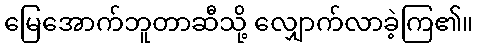
မြေအောက်ဘူတာဆီသို့ လျှောက်လာခဲ့ကြ၏။